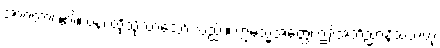
အာဂတာ၊ ၏။ ပန၊ ထိုသို့လာသော် လည်း။ ဣမသ္မိံအတ္ထေ၊ ဤအဘိညာနိသံသဟု